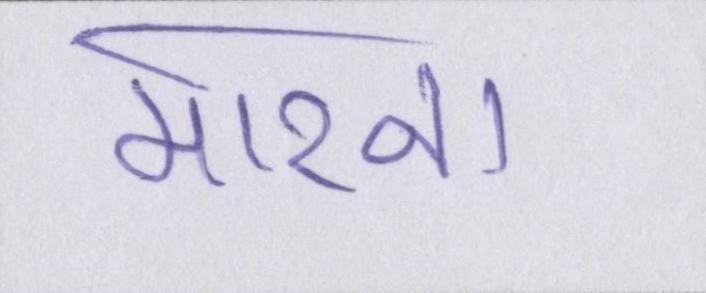
मारना